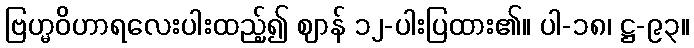
ဗြဟ္မဝိဟာရလေးပါးထည့်၍ ဈာန် ၁၂-ပါးပြထား၏။ ပါ-၁၈၊ ဋ္ဌ-၉၃။